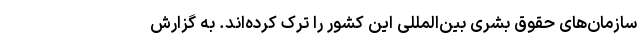
سازمان‌های حقوق بشری بین‌المللی این کشور را ترک کرده‌اند. به گزارش